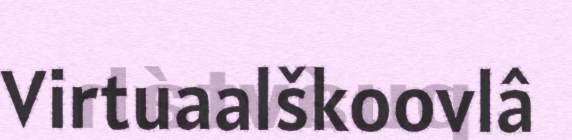
Virtuaalškoovlâ